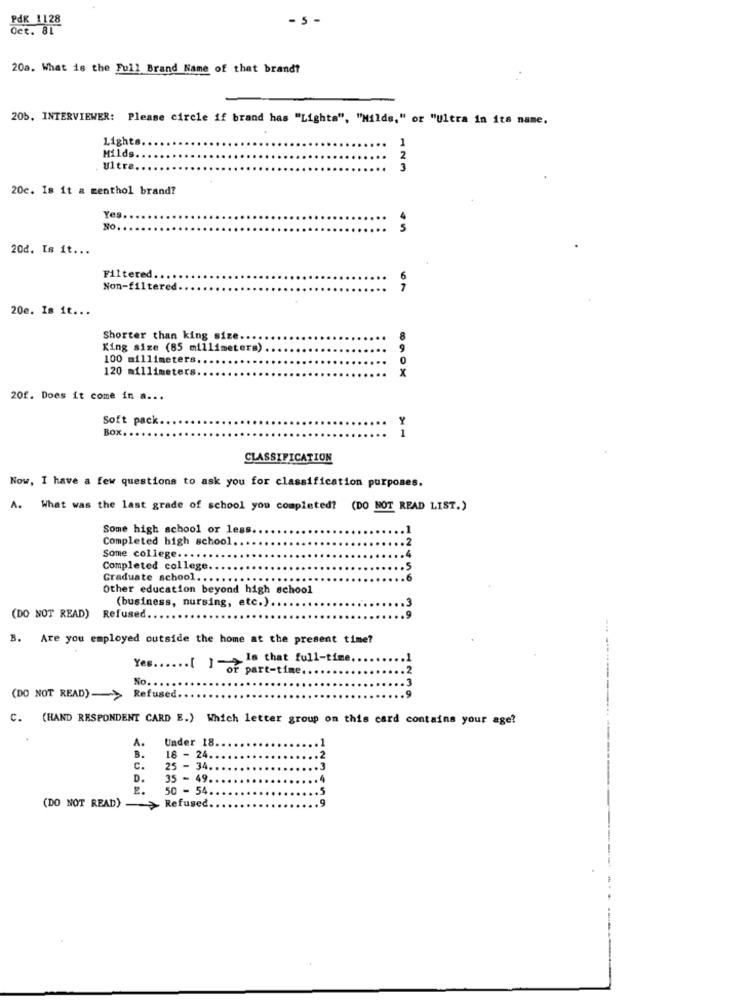
PdK 1128
Oct. 81
20a. What is the Full Brand Name of that brandt
205. INTERVIEWER: Please circle if brand has "Lights", "Milds," or "Ultra in its name.
Lights
1
Milds.
Ultr&
20c. Is it a menthol brand?
Yes
No.
20d. Is it ...
Filtered.
Non-filtered
20e. Is it ...
Shorter than king size ...
King size (85 millimeters)
100 millimeters ...
120 millimeters.
X
20f. Does it come in a ...
Soft pack
BOX
1
CLASSIFICATION
Now, I have a few questions to ask you for classification purposes.
A.
What was the last grade of school you completed? (DO NOT READ LIST.)
Some high school or less
1
Completed high school.
Some college ..
Completed college.
Graduate school ....
Other education beyond high school
(business, nursing, etc.)
(DO NOT READ) Refused.
B. Are you employed outside the home at the present time?
Yes ...... [ ] ->18 that full-time,
or part-time
(DO NOT READ)->
Refused.
C. (HAND RESPONDENT CARD E.) Which letter group on this card contains your age?
Under 18
A.
B.
18 - 24
c.
25 - 34
D.
35 - 49.
2.
50 - 54
Refused.
(DO NOT READ) -